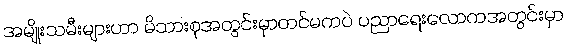
အမျိုးသမီးများဟာ မိသားစုအတွင်းမှာတင်မကပဲ ပညာရေးလောကအတွင်းမှာ